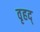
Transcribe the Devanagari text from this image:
वृहद्‌